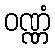
ဝဏ္ဏံ